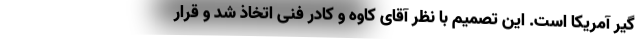
گیر آمریکا است. این تصمیم با نظر آقای کاوه و کادر فنی اتخاذ شد و قرار